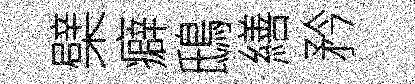
檗癖鴟繕矜